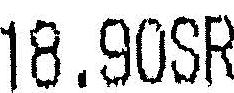
18.90SR